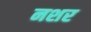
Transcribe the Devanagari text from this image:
नशर